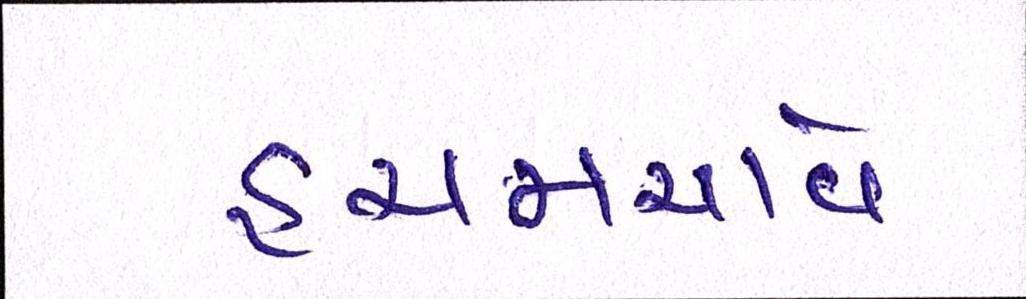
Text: હચમચાવે